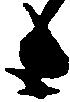
候